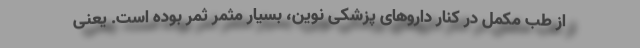
از طب مکمل در کنار داروهای پزشکی نوین، بسیار مثمر ثمر بوده است. یعنی